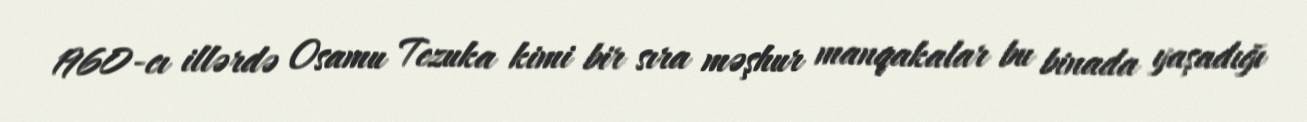
1960-cı illərdə Osamu Tezuka kimi bir sıra məşhur manqakalar bu binada yaşadığı